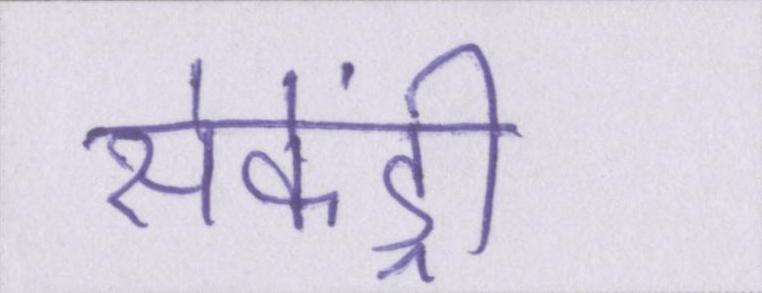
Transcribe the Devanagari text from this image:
सेकेंड्री